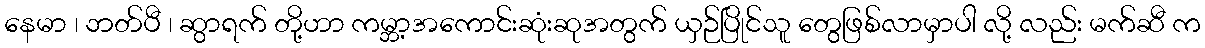
နေမာ ၊ ဘတ်ပီ ၊ ဆွာရက် တို့ဟာ ကမ္ဘာ့အကောင်းဆုံးဆုအတွက် ယှဉ်ပြိုင်သူ တွေဖြစ်လာမှာပါ လို့ လည်း မက်ဆီ က